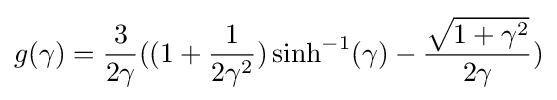
g(\gamma )={\frac {3}{2\gamma }}((1+{\frac {1}{2\gamma ^{2}}})\sinh ^{-1}(\gamma )-{\frac {\sqrt {1+\gamma ^{2}}}{2\gamma }})